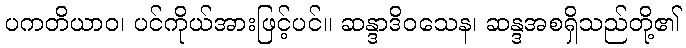
ပကတိယာဝ၊ ပင်ကိုယ်အားဖြင့်ပင်။ ဆန္ဒာဒိဝသေန၊ ဆန္ဒအစရှိသည်တို့၏